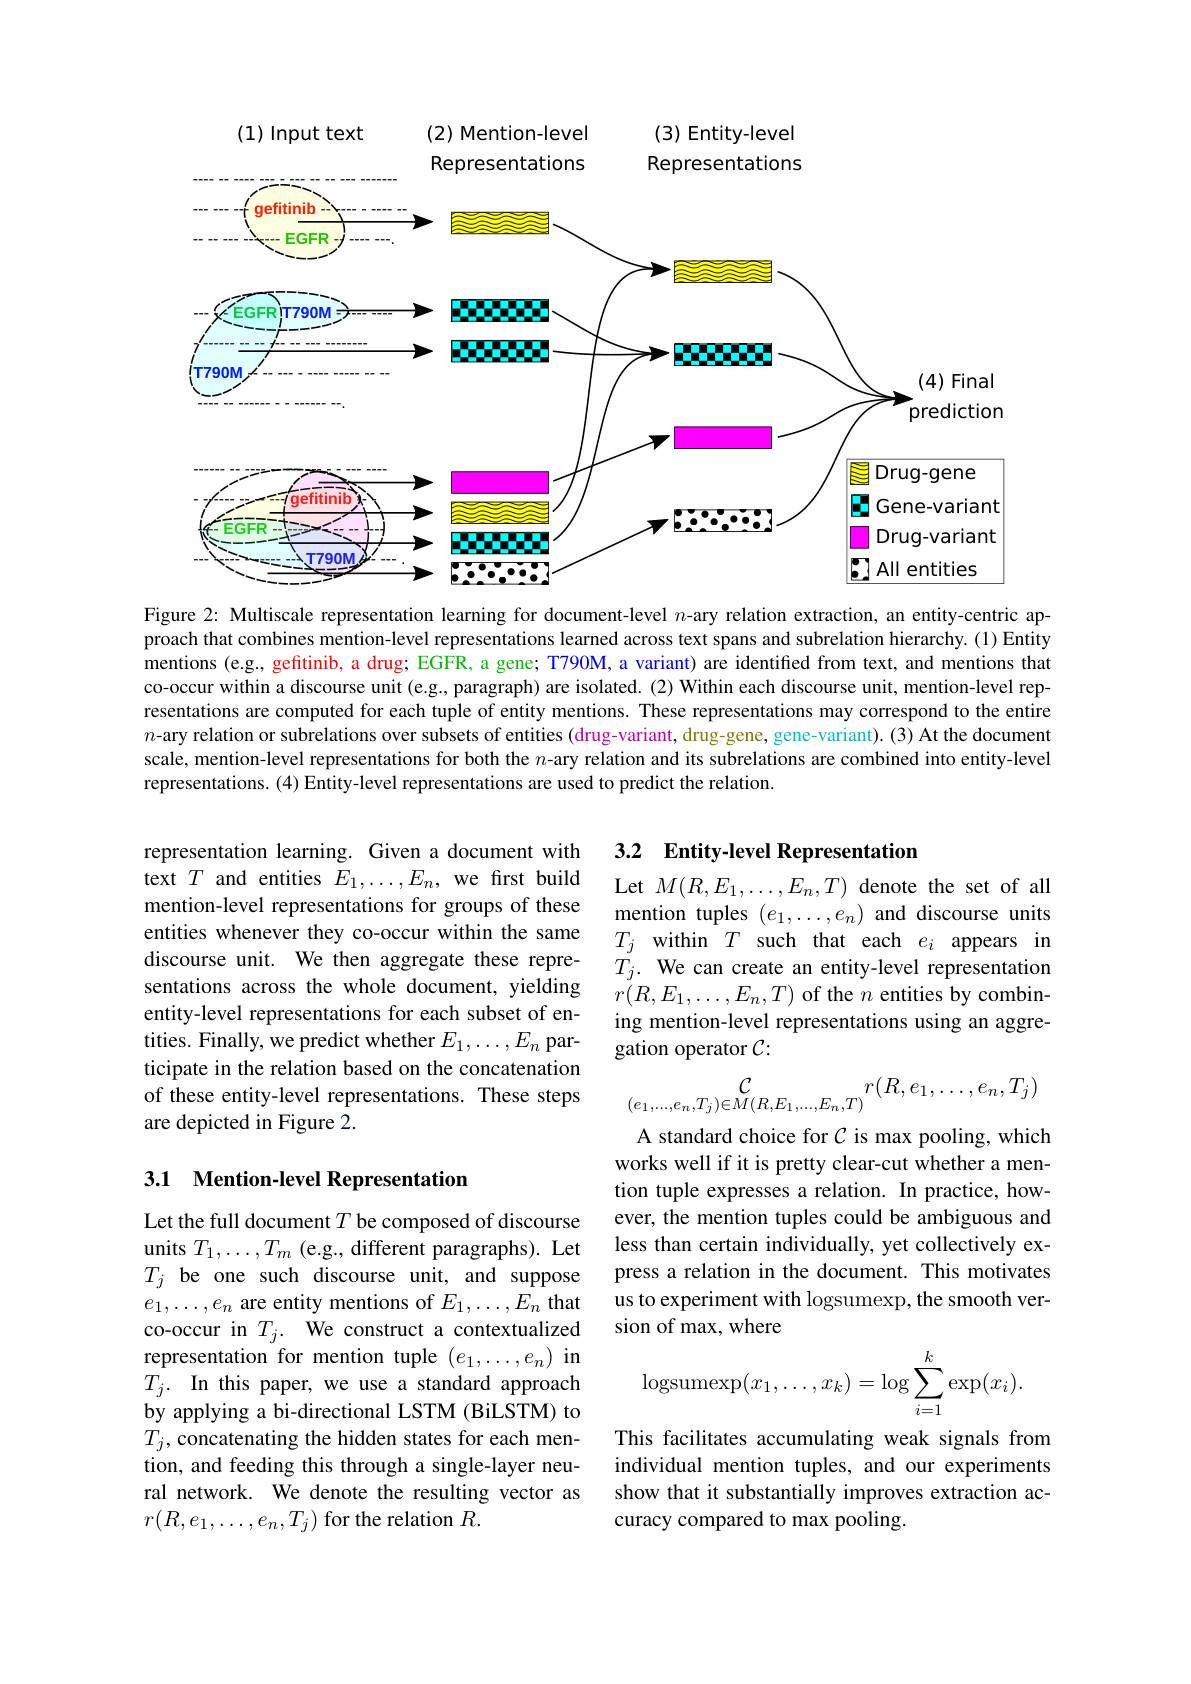
(2) Mention-level

(3) Entity-level

(1) Input text

Representations
Representations
<FigureHere>

Figure 2: Multiscale representation learning for document-level $n$-ary relation extraction, an entity-centric approach that combines mention-level representations learned across text spans and subrelation hierarchy. (1) Entity mentions (e.g., gefitinib, a drug; EGFR, a gene; T790M, a variant) are identified from text, and mentions that co-occur within a discourse unit (e.g., paragraph) are isolated. (2) Within each discourse unit, mention-level representations are computed for each tuple of entity mentions. These representations may correspond to the entire $n$-ary relation or subrelations over subsets of entities (drug-variant, drug-gene, gene-variant).(3) At the document scale, mention-level representations for both the $n$-ary relation and its subrelations are combined into entity-level representations. (4) Entity-level representations are used to predict the relation.

representation learning. Given a document with text $T$ and entities $E_1,\ldots,E_n$, we frst build mention-level representations for groups of these entities whenever they co-occur within the same discourse unit. We then aggregate these representations across the whole document, yielding entity-level representations for each subset of entities. Finally, we predict whether $E_1,\ldots,E_n$ participate in the relation based on the concatenation of these entity-level representations. These steps are depicted in Figure 2.

## 3.1 Mention-level Representation

Let the full document $T$ be composed of discourse units $T_1,\ldots,T_m$ (e.g., different paragraphs). Let $T_j$ be one such discourse unit, and suppose $e_1,\ldots,e_n$ are entity mentions of $E_1,\ldots,E_n$ that co-occur in $T_j.$ We construct a contextualized representation for mention tuple $(e_1,\ldots,e_n)$ in $T_j.$ In this paper, we use a standard approach by applying a bi-directional LSTM (BiLSTM) to $T_j$, concatenating the hidden states for each mention, and feeding this through a single-layer neural network. We denote the resulting vector as $r(R,e_{1},\ldots,e_{n},T_{j})$ for the relation $R.$

## 3.2 Entity-level Representation

Let $M(R,E_{1},\ldots,E_{n},T)$ denote the set of all mention tuples $(e_1,\ldots,e_n)$ and discourse units $T_j$ within $T$ such that each $e_i$ appears in $T_{j}.$ We can create an entity-level representation $r(R,E_1,\ldots,E_n,T)$ of the $n$ entities by combining mention-level representations using an aggregation operator $\mathcal{C}:$
$$\mathop{\mathcal{C}}_{(e_1,...,e_n,T_j)\in M(R,E_1,...,E_n,T)}r(R,e_1,\dots,e_n,T_j)$$
A standard choice for $\mathcal{C}$ is max pooling, which works well if it is pretty clear-cut whether a mention tuple expresses a relation. In practice, however, the mention tuples could be ambiguous and less than certain individually, yet collectively express a relation in the document. This motivates us to experiment with logsumexp, the smooth version of max, where
$$\text{logsumexp}(x_1,\dots,x_k)=\log\sum_{i=1}^k\exp(x_i).$$
This facilitates accumulating weak signals from individual mention tuples, and our experiments show that it substantially improves extraction accuracy compared to max pooling.